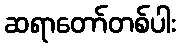
ဆရာတော်တစ်ပါး